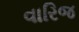
વારિજ